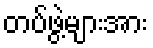
တပ်ဖွဲ့များအား